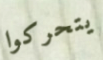
يتحركوا